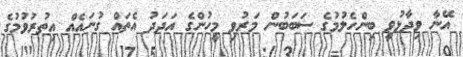
އޭނާ ވިދާޅުވީ ބިންހެލުމުގެ ސަބަބުން މަަރުވި މީހުންގެ އަދަދު އެތައް ގުނައެއް އިތުރުވުމުގެ